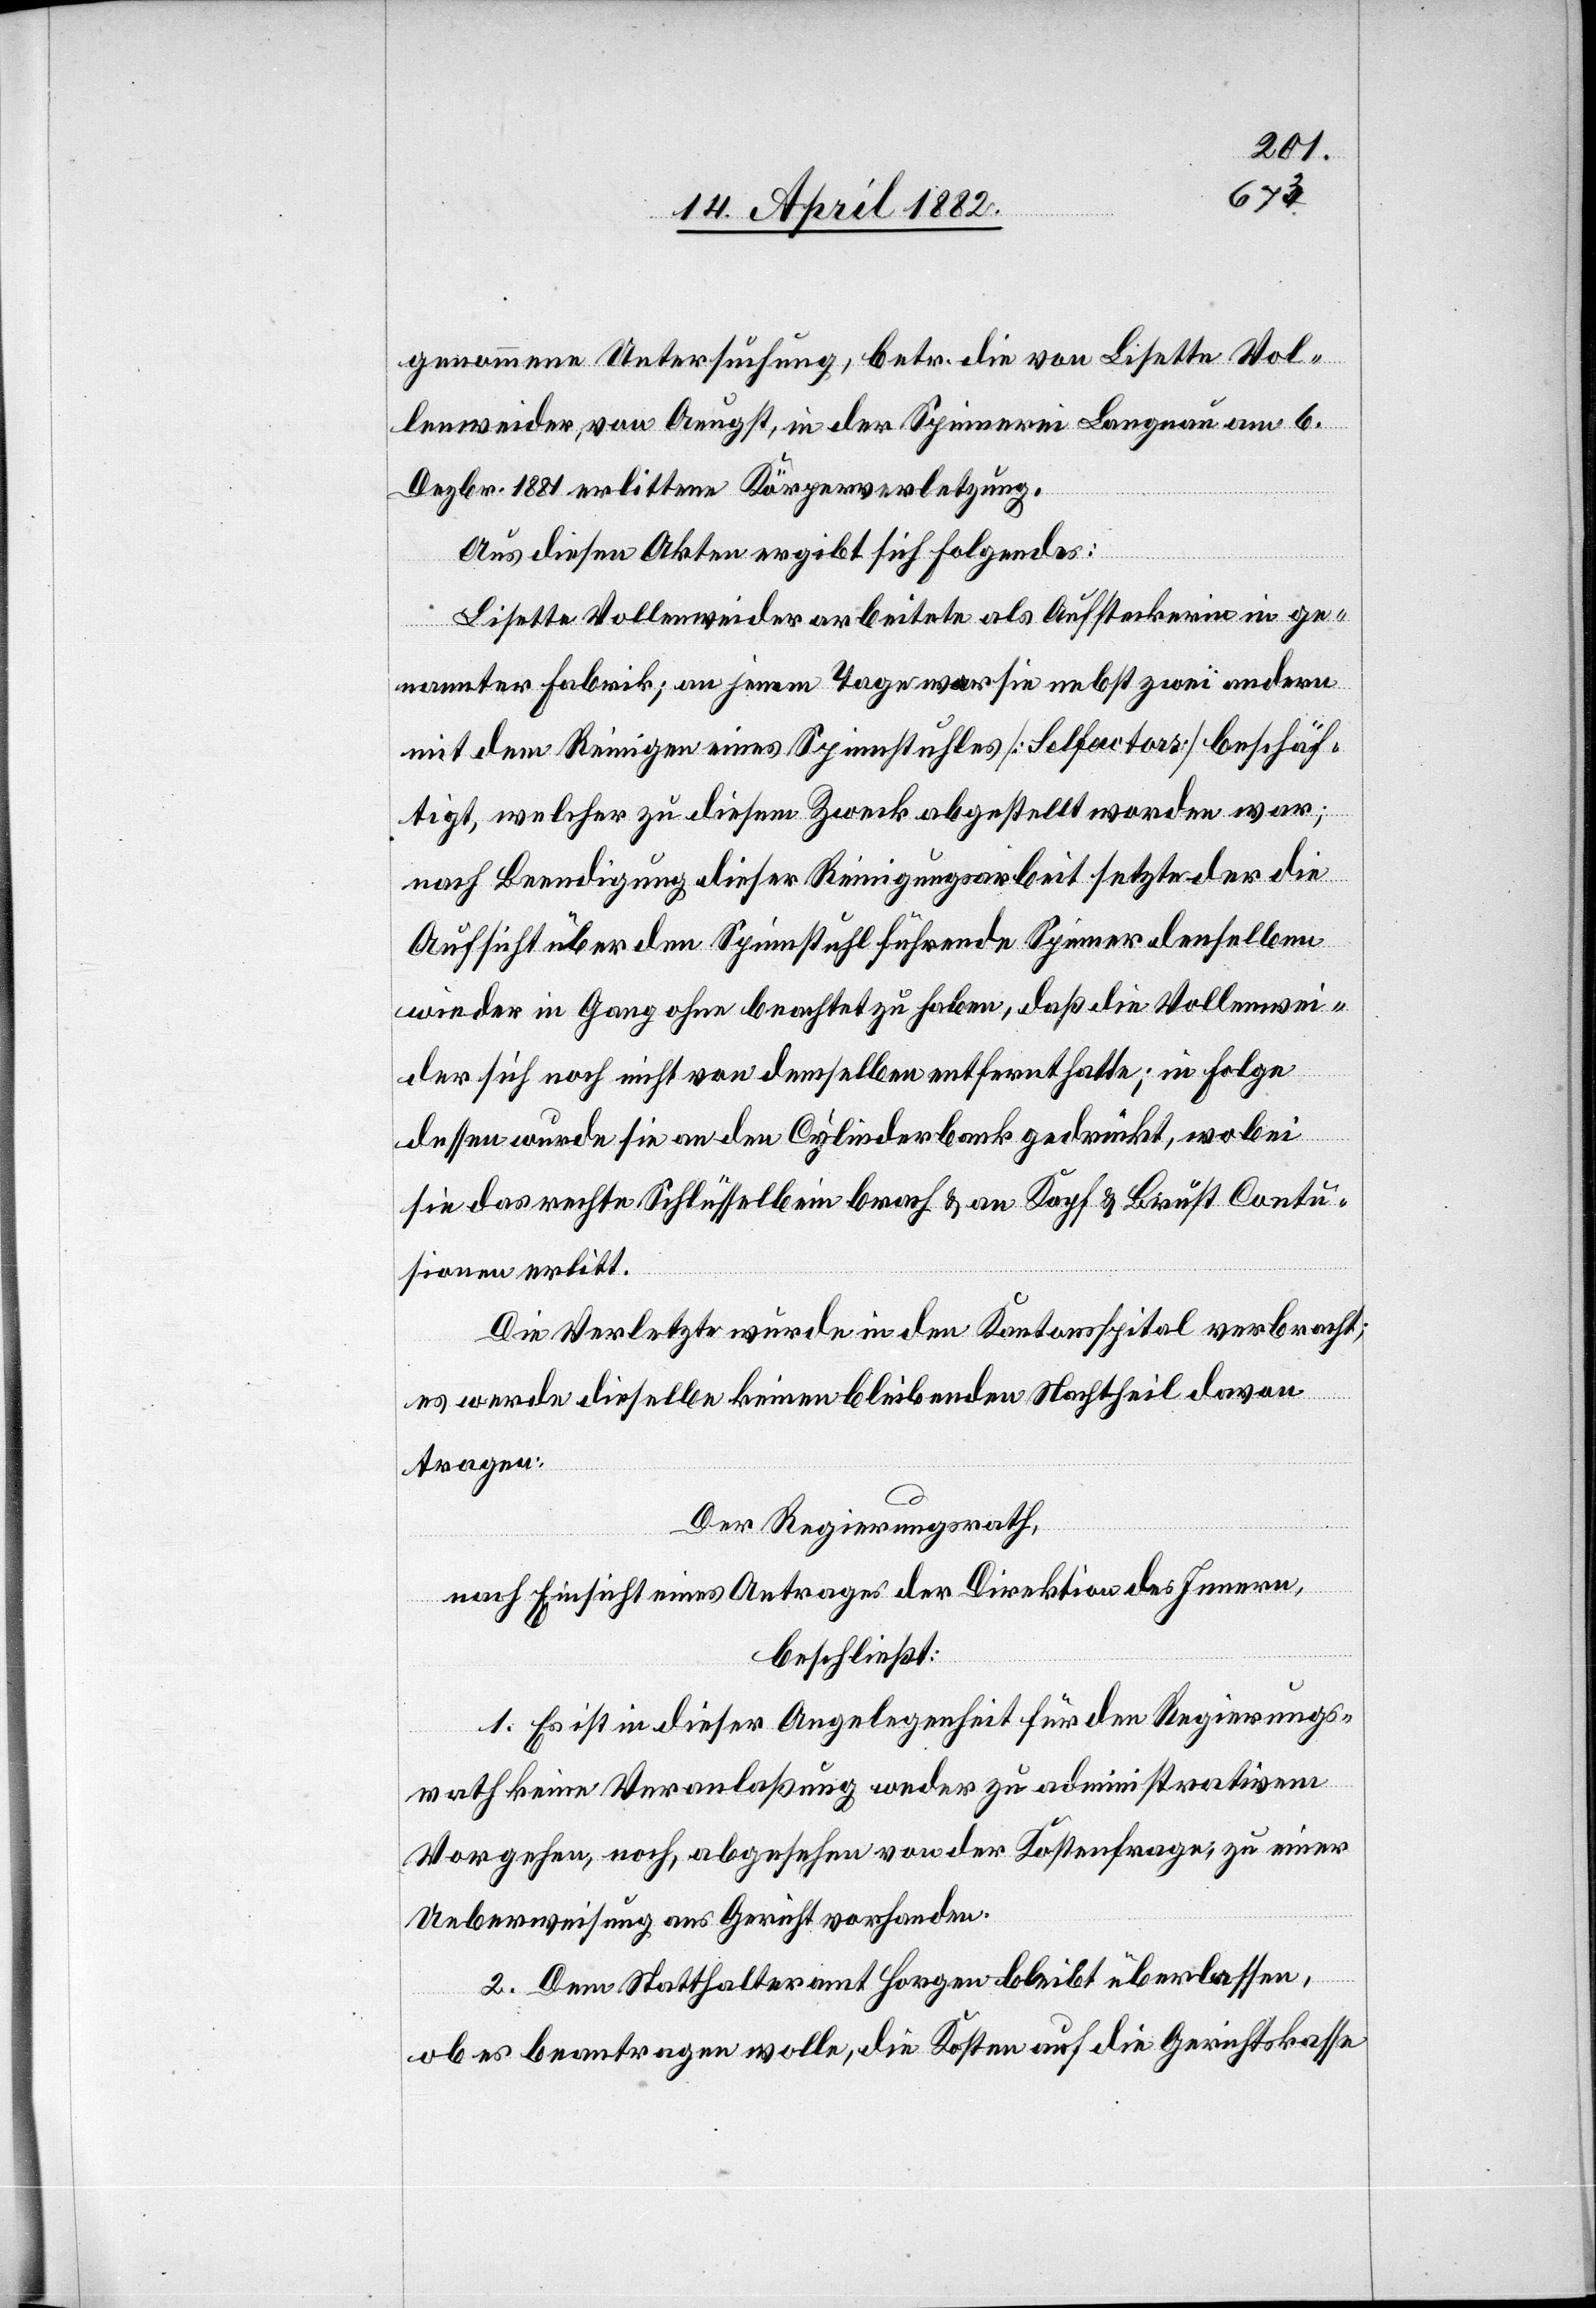
genommene Untersuchung, betr. die von Lisette Vol¬
lenweider, von Aeugst, in der Spinnerei Langnau am 6.
Dezbr. 1881 erlittene Körperverletzung.
Aus diesen Akten ergibt sich Folgendes:
Lisette Vollenweider arbeitete als Aufsteckerin in ge¬
nannter Fabrik; an jenem Tage war sie nebst zwei andern
mit dem Reinigen eines Spinnstuhles [Selfactors] beschäf¬
tigt, welcher zu diesem Zweck abgestellt worden war;
nach Beendigung dieser Reinigungsarbeit setzte der die
Aufsicht über den Spinnstuhl führende Spinner denselben
wieder in Gang ohne beachtet zu haben, daß die Vollenwei¬
der sich noch nicht von demselben entfernt hatte; in Folge
dessen wurde sie an den Cylinderbank gedrückt, wobei
sie das rechte Schlüsselbein brach & an Kopf & Brust Contu¬
sionen erlitt.
Die Verletzte wurde in den Kantonsspital verbracht;
es werde dieselbe keinen bleibenden Nachtheil davon
tragen.
Der Regierungsrath,
nach Einsicht eines Antrages der Direktion des Innern,
beschließt:
1. Es ist in dieser Angelegenheit für den Regierungs¬
rath keine Veranlaßung weder zu administrativem
Vorgehen, noch, abgesehen von der Kostenfrage, zu einer
Ueberweisung ans Gericht vorhanden.
2. Dem Statthalteramt Horgen bleibt überlassen,
ob es beantragen wolle, die Kosten auf die Gerichtskasse